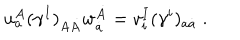
LaTeX: u _ { a } ^ { A } ( \gamma ^ { I } ) _ { A \dot { A } } w _ { \dot { a } } ^ { \dot { A } } = v _ { i } ^ { I } ( \gamma ^ { i } ) _ { a \dot { a } } \; .